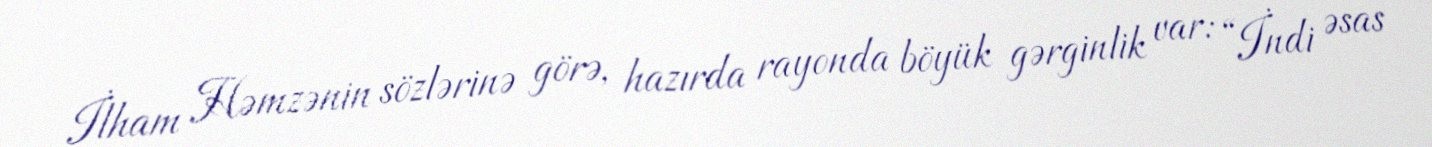
İlham Həmzənin sözlərinə görə, hazırda rayonda böyük gərginlik var: “İndi əsas